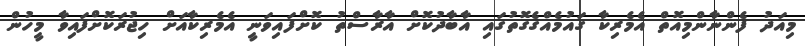
މިއަދު ފެންނާންމިއޮތް އެމެރިކާ ގައުމެއްގެގޮތުގައި އާބާދުކޮށް އާރާސްތު ކޮށްފައިވަނީ އެމެރިކާއަށް ހިޖުރަކޮށްފައިވާ މީހުން